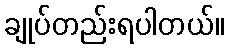
ချုပ်တည်းရပါတယ်။